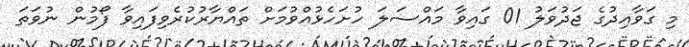
މި ގަވާއިދުގެ ޖަދުވަލު 01 ގައިވާ މައްސަލަ ހުށަހެޅުއްވުމަށް ތައްޔާރުކުރެވިފައިވާ ފޯމުން ނުވަތަ